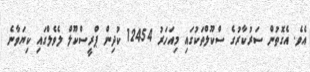
އެވެ. އެގޮތުން ސަރުކާރުގެ ސްކޫލްތަކުގައި މިއަހަރު 12454 ކުދިން ޕްރީސްކޫލް ލެވެލްގައި ކިޔަވާނެ